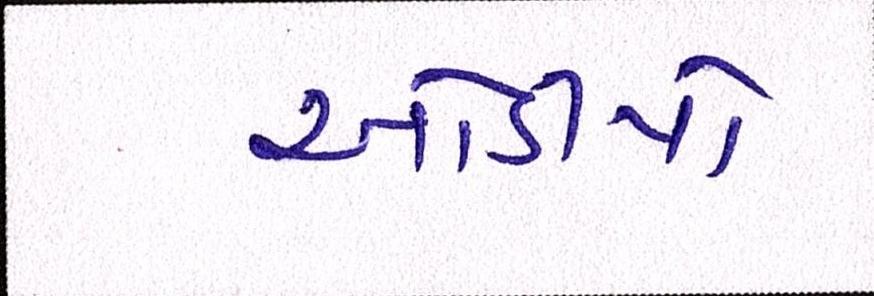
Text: ઓડીયો